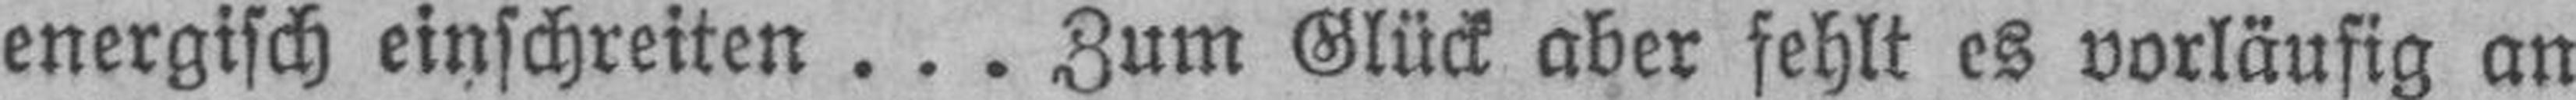
energisch einschreiten... Zum Glück aber fehlt es vorläufig an